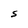
Character: S